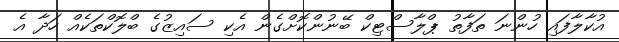
އުކާލާފައި ހުންނަ ތަފާތު ޕްލާސްޓިކް ބޭނުންކޮށްގެން އެކި ސައިޒުގެ ބްލޮކްތަކެއް ހަދާ އެ